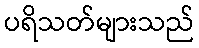
ပရိသတ်များသည်